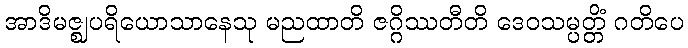
အာဒိမဇ္ဈပရိယောသာနေသု မညထာတိ ဇဂ္ဂိဿတီတိ ဒေဝသမ္ပတ္တိံ ဂတိပေ